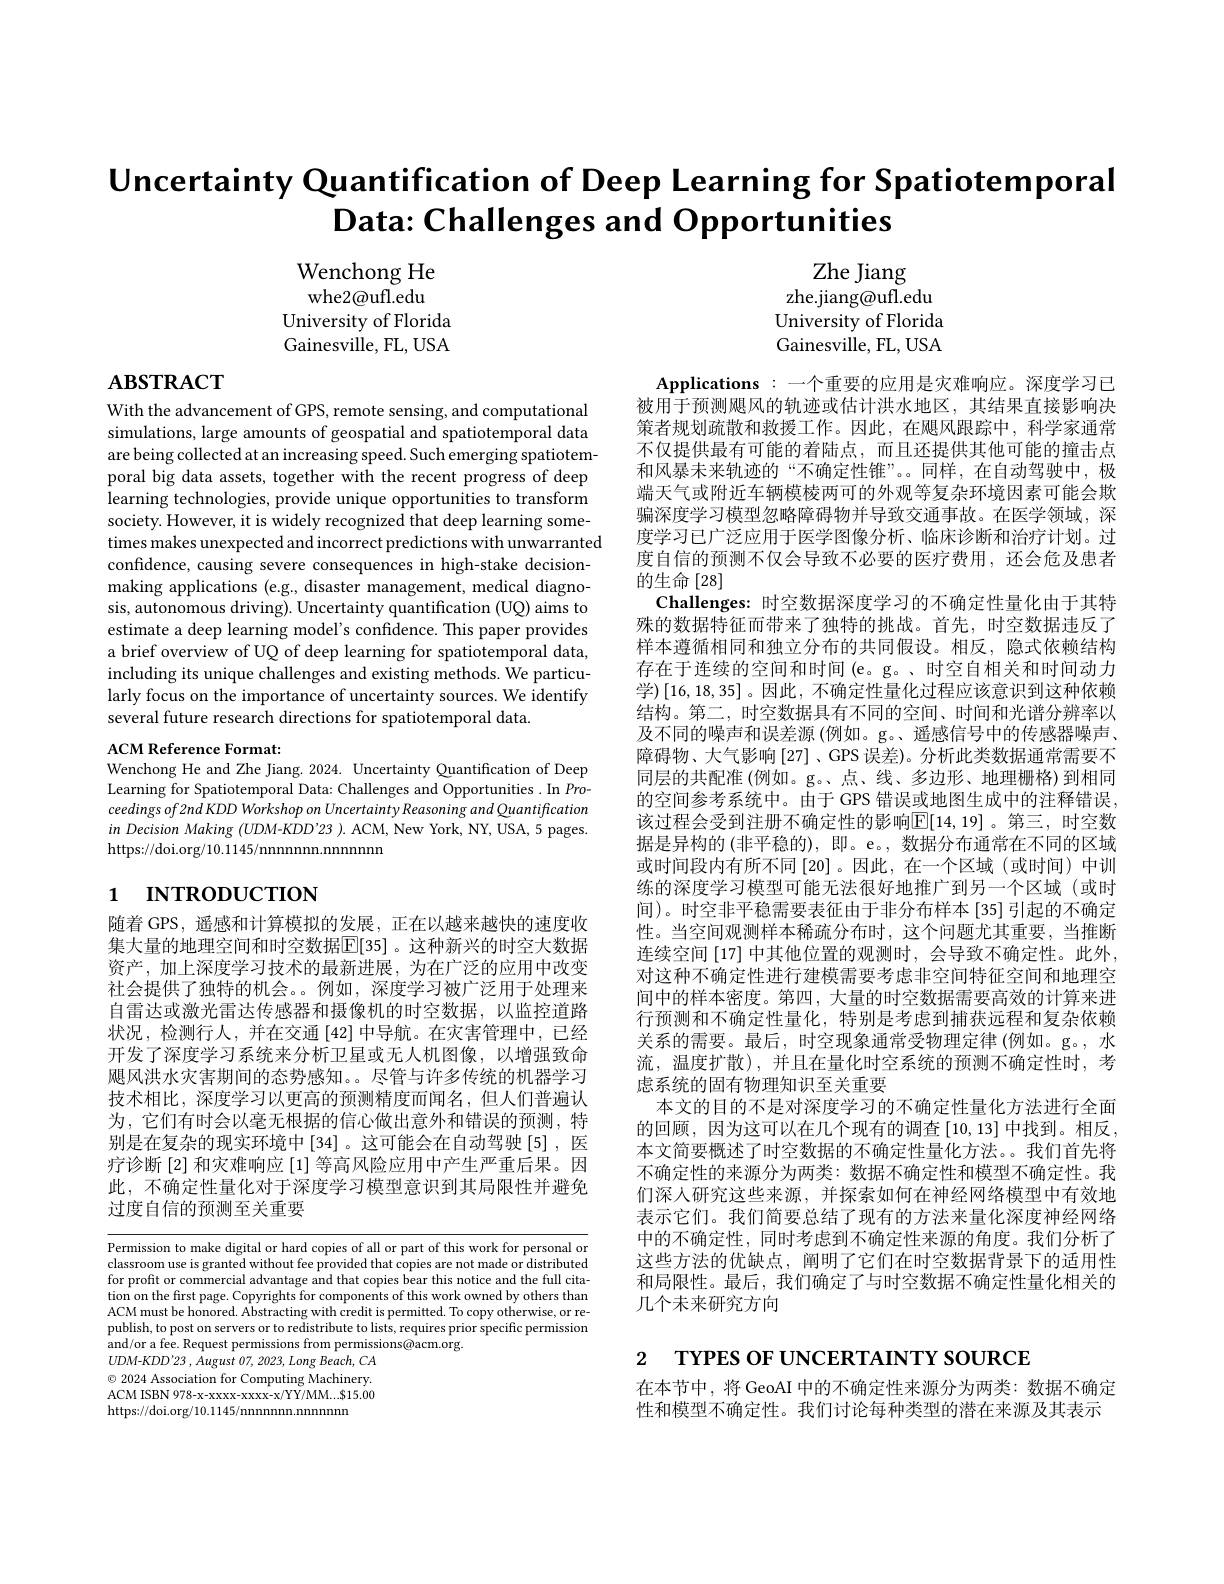
Uncertainty Quantification of Deep Learning for Spatiotemporal
$\textbf{Data: Challenges and Opportunities}$

Wenchong He whe2@ufl.edu
University of Florida Gainesville, FL, USA

Zhe Jiang
zhe.jiang@ufl.edu University of Florida Gainesville, FL, USA

$\mathbf{ABSTRACT}$

With the advancement of GPS, remote sensing, and computational simulations, large amounts of geospatial and spatiotemporal data are being collected at an increasing speed. Such emerging spatiotemporal big data assets, together with the recent progress of deep learning technologies, provide unique opportunities to transform society. However, it is wide times makes unexpected and incorrect predictions with unwarranted confidence, causing severe consequences in high-stake decisionmaking applications (e.g., disaster management, medical diagnosis, autonomous driving). Uncertainty quantification (UQ) aims to estimate a deep learning mod a brief overview of UQ of deep learning for spatiotemporal data, including its unique challenges and existing methods. We particularly focus on the importance of uncertainty sources. We identify several future research directions for spatiotemporal data

ACM Reference Format:
Wenchong He and Zhe Jiang. 2 Learning for Spatiotemporal Data: Challenges and Opportunities . In Proceedings of 2nd KDD Workshop on Uncertainty Reasoning and Quantification $in$ Decision Making (UDM-KDD'23 ). ACM, New York, NY, USA, 5 pages. https://doi.org/10.1145/nnnnnnn.nnnnn

Applications:一个重要的应用是灾难响应。深度学习已被用于预测飓风的轨迹或估计洪水地区，其结果直接影响决策者规划疏散和救援工作。因此，在飓风跟踪中，科学家通常不仅提供最有可能的着陆点，而且还提供其他可能的撞击点和风暴未来轨迹的“不确定性锥”。。同样，在自动驾驶中，极端天气或附近车辆模棱两可的外观等复杂环境因素可能会欺骗深度学习模型忽略障碍物并导致交通事故。在医学领域，深度学习已广泛应用于医学图像分析、临床诊断和治疗计划。过度自信的预测不仅会导致不必要的医疗费用，还会危及患者的生命[28]
Challenges: 时空数据深度学习的不确定性量化由于其特殊的数据特征而带来了独特的挑战。首先，时空数据违反了样本遵循相同和独立分布的共同假设。相反，隐式依赖结构存在于连续的空间和时间(e。g。、时空自相关和时间动力学)$\left[16,18,35\right]$。因此，不确定性量化过程结构。第二，时空数据具有不同的空间、时间和光谱分辨率以及不同的噪声和误差源 (例如。g。、遥感信号中的传感器噪声、 障碍物、大气影响[27]、GPS 误差)。分析此类数据通常需要不同层的共配准 (例如。g。、点、线、多边形、地理栅格)到相同的空间参考系统中。由于 GPS 错误或地图生成中的注释错误， 该过程会受到注册不确定性的影响$\boxed{\mathbb{E}}[14,19]$。第三，时空数据是异构的 (非平稳的), 即。e。, 数据分布通常在不同的区域或时间段内有所不同[20] 。因此，在一个区域 (或时间) 中训练的深度学习模型可能无法很好地推广到另一个区域(或时间)。时空非平稳需要表征由于非分布样本[35]引起的不确定性。当空间观测样本稀疏分布时，这个问题尤其重要，当推断连续空间[17]中其他位置的观测时，会导致不确定性。此外， 对这种不确定性进行建模需要考虑非空间特征空间和地理空间中的样本密度。第四，大量的时空数据需要高效的计算来进行预测和不确定性量化，特别是考虑到捕获远程和复杂依赖关系的需要。最后，时空现象通常受物理定律(例如。g。,水流，温度扩散),并且在量化时空系统的预测不确定性时，考虑系统的固有物理知识至关重要
本文的目的不是对深度学习的不确定性量化方法进行全面的回顾，因为这可以在几个现有的调查[10,13]中找到。相反， 本文简要概述了时空数据的不确定性量化方法。。我们首先将不确定性的来源分为两类：数据不确定性和模型不确定性。我们深人研究这些来源，并探索如何在神经网络模型中有效地表示它们。我们简要总结了现有的方法来量化深度神经网络中的不确定性，同时考虑到不确定性来源的角度。我们分析了这些方法的优缺点，阐明了它们在时空数据背景下的适用性和局限性。最后，我们确定了与时空数据不确定性量化相关的几个未来研究方向

# 1 INTRODUCTION

随着 GPS, 遥感和计算模拟的发展，正在以越来越快的速集大量的地理空间和时空数据$\overline{\mathbb{E}}[35]$ 。这种新兴的时空大数据资产，加上深度学习技术的最新进展，为在广泛的应用中改变社会提供了独特的机会。。例如，深度学习被广泛用于处理来自雷达或激光雷达传感器和摄像机的时空数据，以监控道路状况，检测行人，并在交通[42]中导航。在灾害管理中，已经开发了深度学习系统来分析卫星或无人机图像，以增强致命飓风洪水灾害期间的态势感知。。尽管与许多传统的机器学习技术相比，深度学习以更高的预测精度而闻名，但人们普遍认为，它们有时会以毫无根据的信心做出意外和错误的预测，特别是在复杂的现实环境中[34] 。这可能会在自动驾驶[5],医疗诊断[2] 和灾难响应[1]等高风险应用中产生严重后果。因此，不确定性量化对于深度学习模型意识到其局限性并避免过度自信的预测至关重要

Permission to make digital o classroom use is granted wit for profit or commercial advantage and that copies bear this notice and the full citation on the first page. Copyrights for components of this work owned by others than ACM must be honored. Abstracting with credit is permitted. To copy otherwise, or republish, to post on servers or to redistribute to lists, requires prior specific permission and/or a fee. Request permissions from permissions@acm.org.
$UDM- KDD^{\prime }23$ , August 07, 2023, Long $Beach$, $CA$ $\odot$ 2024 Association for Computing Machinery. ACM ISBN 978-x-xxxx-xxxx-x/YY/MM...$15.00 https://doi.org/10.1145/nnnnnnn.nnnnn

2 TYPES OF UNCERTAINTY SOURCE

在本节中，将 GeoAI 中的不确定性来源分为两类：数据性和模型不确定性。我们讨论每种类型的潜在来源及其表示